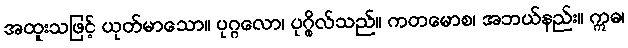
အထူးသဖြင့် ယုတ်မာသော။ ပုဂ္ဂလော၊ ပုဂ္ဂိုလ်သည်။ ကတမောစ၊ အဘယ်နည်း။ ဣဓ၊